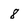
Character: 8